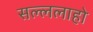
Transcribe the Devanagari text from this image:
सल्ललाहो